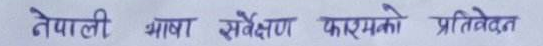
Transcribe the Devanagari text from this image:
नेपाली भाषा सर्वेक्षण फारमको प्रतिवेदन